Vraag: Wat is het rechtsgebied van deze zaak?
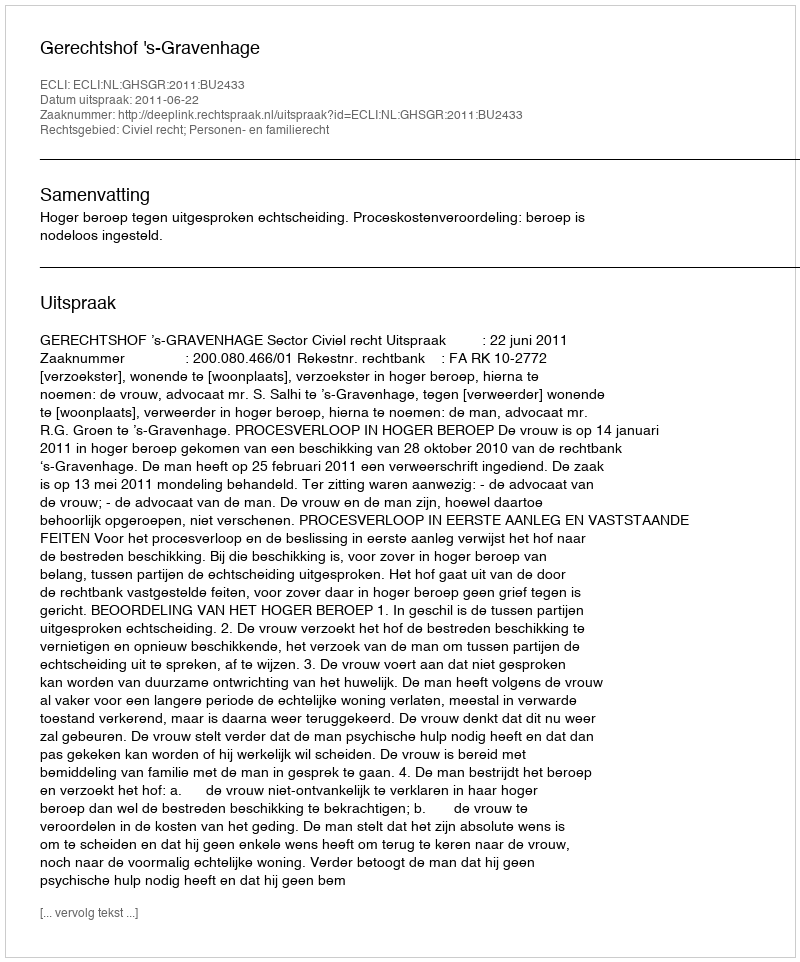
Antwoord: Civiel recht; Personen- en familierecht